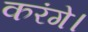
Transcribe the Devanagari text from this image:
करंगे।